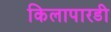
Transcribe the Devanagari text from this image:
किलापारडी